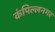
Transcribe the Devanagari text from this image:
कंपिल्लनगर